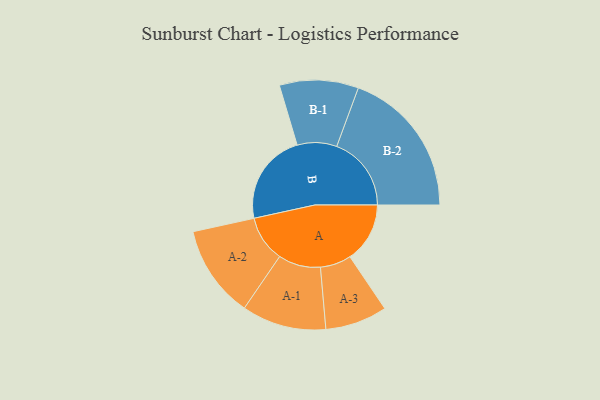
{"axis": {"x": "Segment", "y": "Value"}, "legend": ["", "A", "B"], "data": [{"x": "A", "y": 220, "type": ""}, {"x": "B", "y": 337, "type": ""}, {"x": "A-1", "y": 155, "type": "A"}, {"x": "A-2", "y": 170, "type": "A"}, {"x": "A-3", "y": 114, "type": "A"}, {"x": "B-1", "y": 145, "type": "B"}, {"x": "B-2", "y": 274, "type": "B"}]}